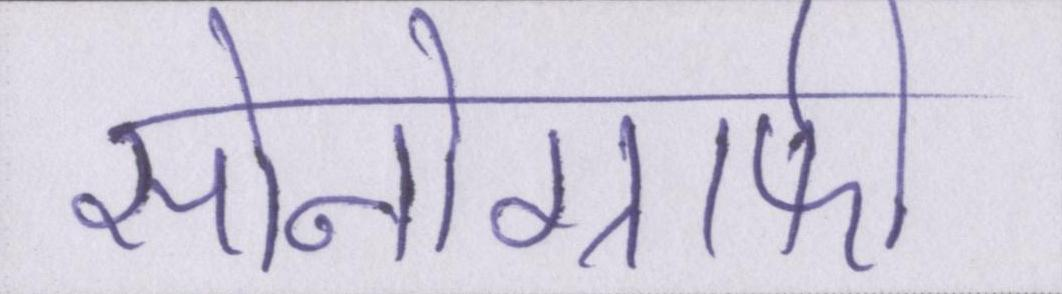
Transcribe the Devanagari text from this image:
सोनोग्राफी